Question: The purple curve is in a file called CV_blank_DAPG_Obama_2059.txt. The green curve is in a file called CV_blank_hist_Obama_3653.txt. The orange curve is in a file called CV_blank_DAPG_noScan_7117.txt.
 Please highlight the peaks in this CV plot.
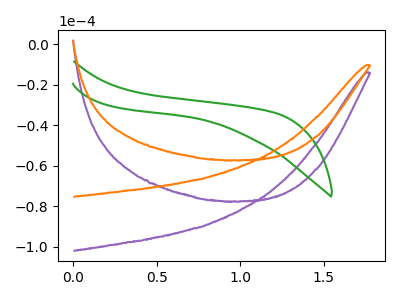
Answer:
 <answer>The purple curve "DAPG, blank" has no peaks. The green curve "hist, blank" has no peaks. The orange curve "DAPG, blank" has no peaks.</answer>
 <eval></eval>